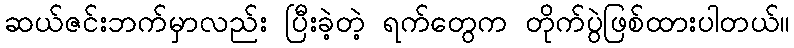
ဆယ်ဇင်းဘက်မှာလည်း ပြီးခဲ့တဲ့ ရက်တွေက တိုက်ပွဲဖြစ်ထားပါတယ်။